Subject: physics
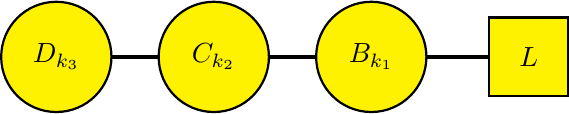
LaTeX code:
    \begin{tikzpicture}
    \draw[ultra thick] (0,0)--(2,0);
    \draw[ultra thick] (0,0)--(-2,0);
    \draw[ultra thick] (2,0)--(4,0);
        \draw[fill=yellow,thick] (0,0) circle (0.7);
        \draw[fill=yellow,thick] (2,0) circle (0.7);
        \draw[fill=yellow,thick] (-2,0) circle (0.7);
        \draw[fill=yellow,thick] (3.5,0.5) rectangle (4.5,-0.5);
        \node at (-2,0) {$D_{k_3}$};
        \node at (0,0) {$C_{k_2}$};
        \node at (2,0) {$B_{k_1}$};
        \node at (4,0) {$L$};
    \end{tikzpicture}